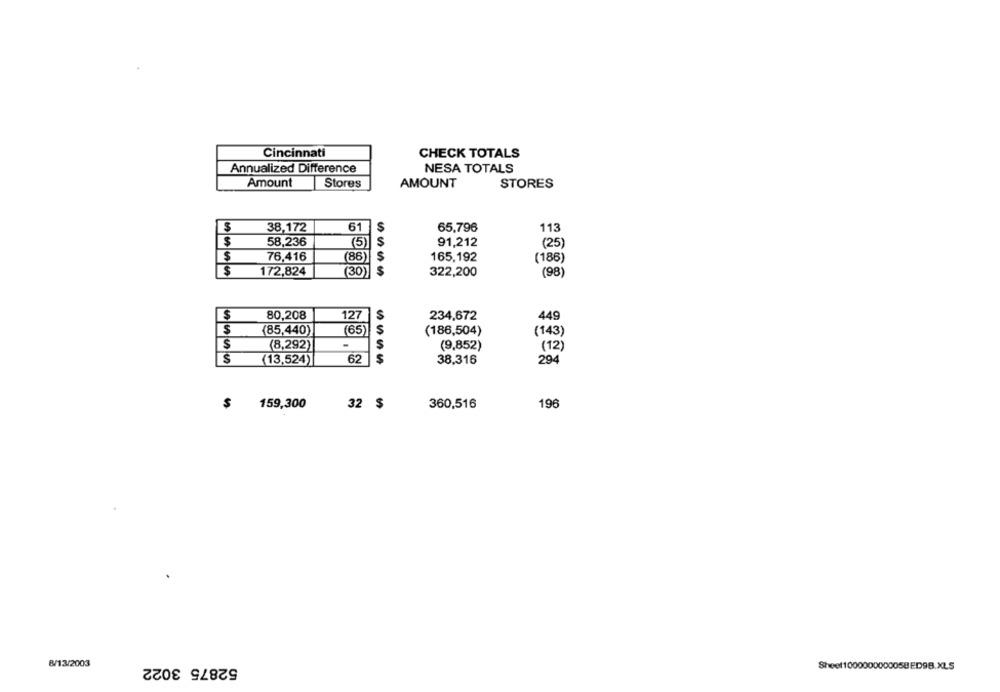
Cincinnati
CHECK TOTALS
Annualized Difference
NESA TOTALS
Amount
Stores
AMOUNT
STORES
38,172
61
S
65,796
113
$
$
58,236
(5)
S
91,212
(25)
$
S
76,416
(86)
165,192
(186)
$
172,824
(30)
322,200
(98)
$
80,208
127
$
234,672
449
$
(85,440)
(65)
5
(186,504)
(143)
$
(8,292)
S
(9,852)
(12)
$
62
S
294
(13,524)
38,316
$
159,300
32 $
360,516
196
8/13/2003
52875 3022
Sheet100000000005BED9B.XLS